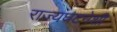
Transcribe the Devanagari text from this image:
राज्यघटनेशी